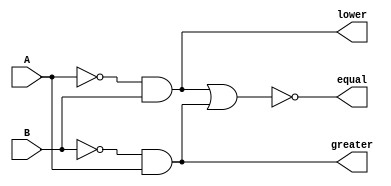
module one_bit_comparator(A, B, lower, equal, greater);
    
    input A, B;
    output lower, equal, greater;

    //lower => A < B
    //equal => A == B
    //greater => A > B

    and(lower, ~A, B);
    and(greater, ~B, A);
    nor(equal, lower, greater);

endmodule